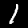
Digit: 1